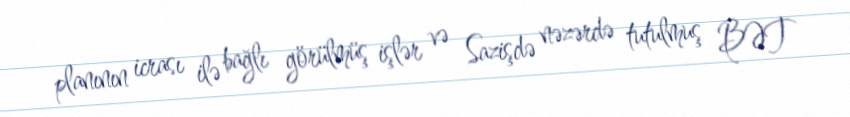
planının icrası ilə bağlı görülmüş işlər və Sazişdə nəzərdə tutulmuş BƏT